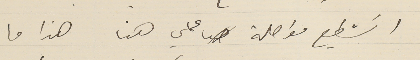
اسَتطيع مواصلة عملي هنا هذا ما